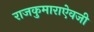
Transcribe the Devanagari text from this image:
राजकुमाराऐवजी